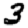
Digit: 3